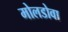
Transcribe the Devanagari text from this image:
मोलडोवा